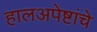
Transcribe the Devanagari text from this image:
हालअपेष्टांचे